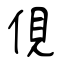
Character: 俔